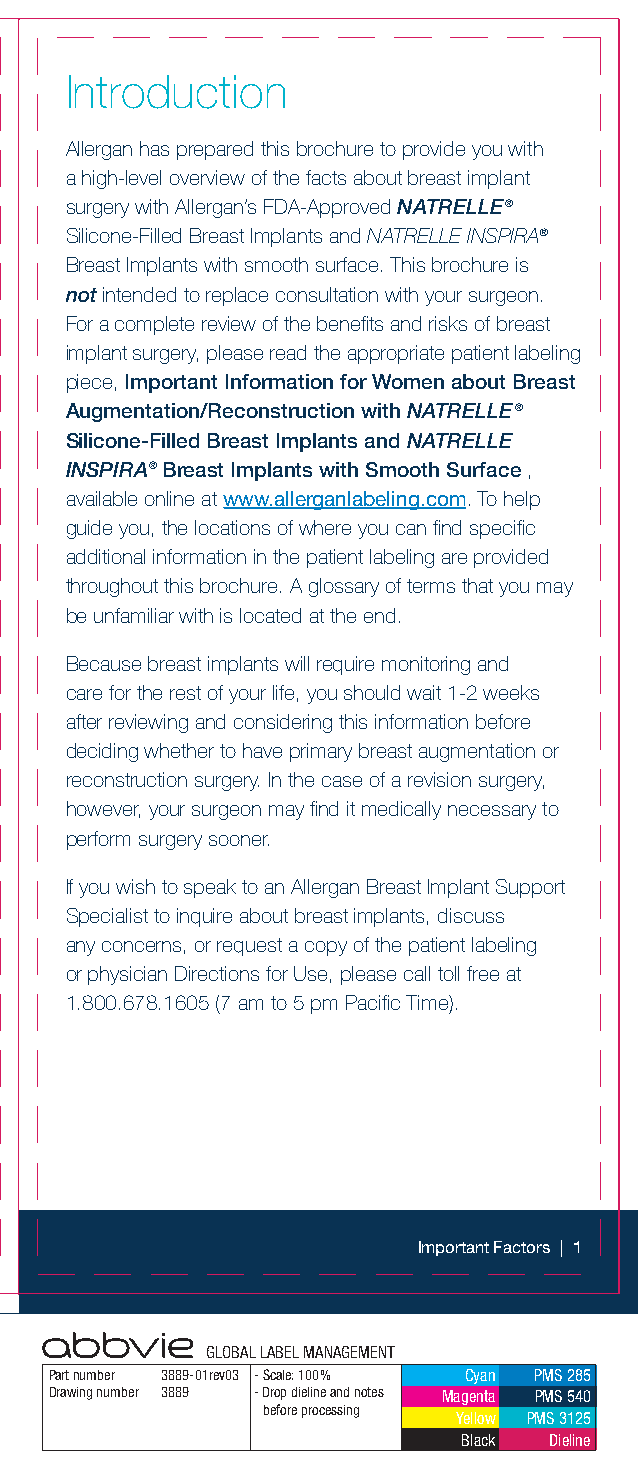
Introduction
 Allergan has prepared this brochure to provide you with
 a high-level overview of the facts about breast implant
 surgery with Allergan’s FDA-Approved NATRELLE ®
 Silicone-Filled Breast Implants and NATRELLE INSPIRA®
 Breast Implants with smooth surface. This brochure is
 not intended to replace consultation with your surgeon.
 For a complete review of the benefits and risks of breast
 implant surgery, please read the appropriate patient labeling
 piece, Important Information for Women about Breast
 Augmentation/Reconstruction with NATRELLE ®
 Silicone-Filled Breast Implants and NATRELLE
 INSPIRA® Breast Implants with Smooth Surface ,
 available online at www.allerganlabeling.com. To help
 guide you, the locations of where you can find specific
 additional information in the patient labeling are provided
 throughout this brochure. A glossary of terms that you may
 be unfamiliar with is located at the end.
 Because breast implants will require monitoring and
 care for the rest of your life, you should wait 1-2 weeks
 after reviewing and considering this information before
 deciding whether to have primary breast augmentation or
 reconstruction surgery. In the case of a revision surgery,
 however, your surgeon may find it medically necessary to
 perform surgery sooner.
 If you wish to speak to an Allergan Breast Implant Support
 Specialist to inquire about breast implants, discuss
 any concerns, or request a copy of the patient labeling
 or physician Directions for Use, please call toll free at
 1.800.678.1605 (7 am to 5 pm Pacific Time).
 Important Factors | 1
 GLOBAL LABEL MANAGEMENT
 Part number 3889-01rev03 - Scale: 100% Cyan PMS 285
 Drawing number 3889 - Drop dieline and notes Magenta PMS 540
 before processing
 Yellow PMS 3125
 Black Dieline